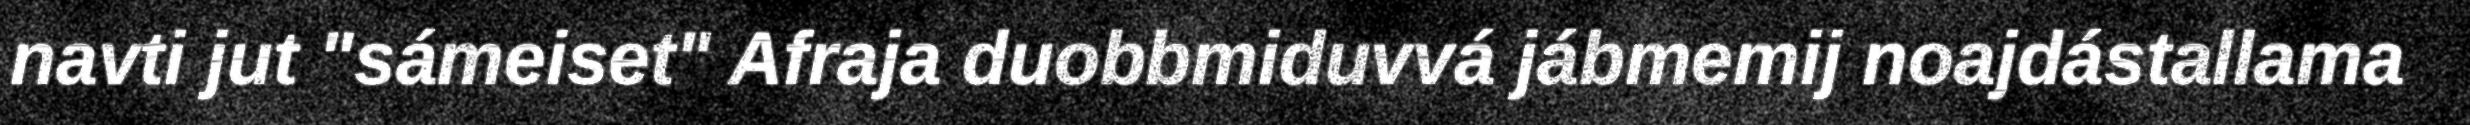
navti jut "sámeiset" Afraja duobbmiduvvá jábmemij noajdástallama